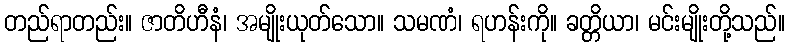
တည်ရာတည်း။ ဇာတိဟီနံ၊ အမျိုးယုတ်သော။ သမဏံ၊ ရဟန်းကို။ ခတ္တိယာ၊ မင်းမျိုးတို့သည်။